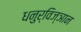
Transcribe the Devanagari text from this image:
धनुर्विज्ञान